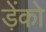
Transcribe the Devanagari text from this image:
ड़ेंको